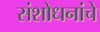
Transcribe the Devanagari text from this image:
संशोधनांचे